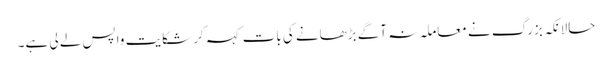
حالانکہ بزرگ نے معاملہ نہ آگے بڑھانے کی بات کہہ کر شکایت واپس لے لی ہے۔